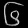
Digit: ၆